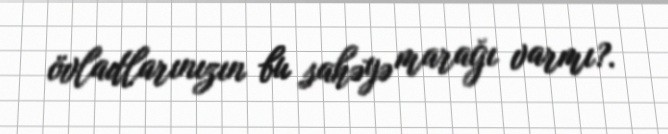
övladlarınızın bu sahəyə marağı varmı?.